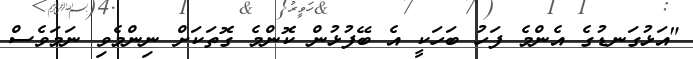
"އަޅުގަނޑުގެ އެންމެ ފަހު ބަހަކީ އެ ބޭފުޅުން ކޮންމެ ގޮތަކަށް ނިންމެވި ނަމަވެސް